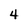
Character: 4